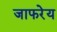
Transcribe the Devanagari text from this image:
जाफरेय